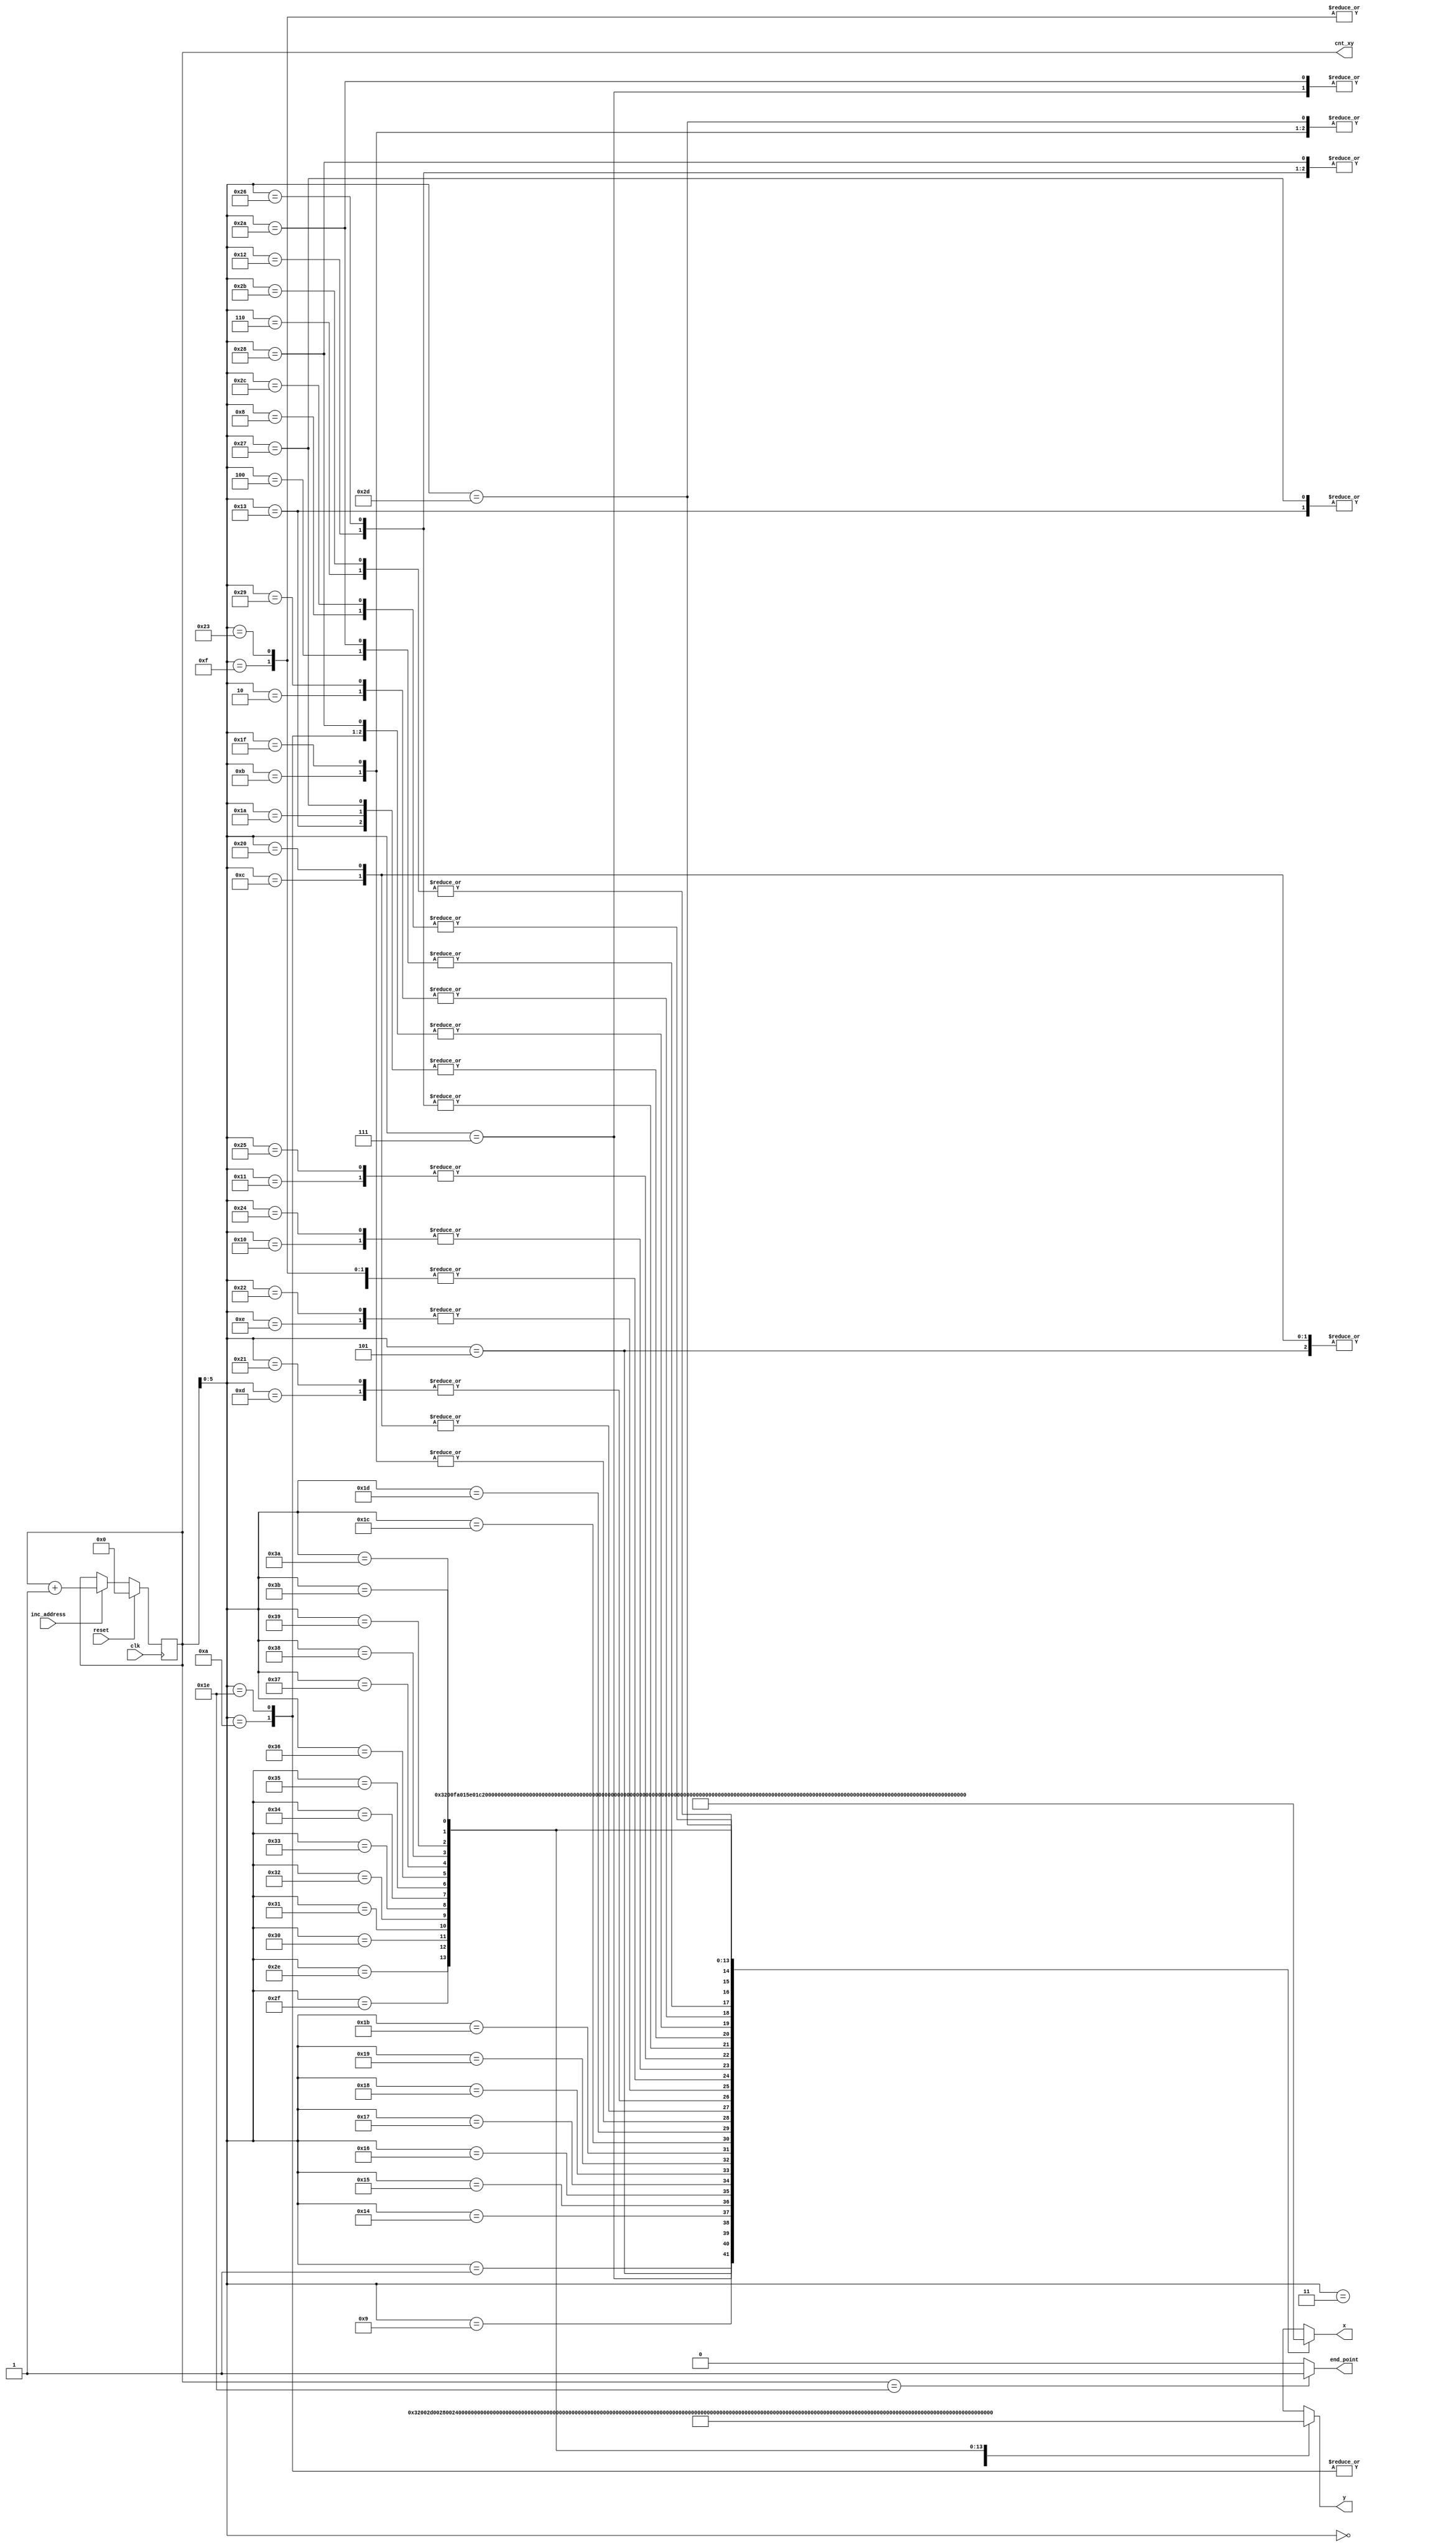


module image_canny(clk, x, y, reset, inc_address, end_point, cnt_xy);
			parameter msb_point_xy_canny = 59, n_end_point = 30, msb_cnt_xy = 7, msb_point = 15;
			
			input reset, inc_address, clk;
			
			output[msb_point:0] x, y;
			output end_point;
			output[msb_cnt_xy:0] cnt_xy;

			wire[msb_point:0] point_x[0:msb_point_xy_canny];
			wire[msb_point:0] point_y[0:msb_point_xy_canny];
			reg[msb_cnt_xy:0] cnt_xy;
			
			always @(negedge clk) begin
					if(reset) cnt_xy <= 8'b0;
					else if(inc_address) cnt_xy <= cnt_xy + 1;
			end
			
//  ============(d1) y = -8x/5 + 800  (r,phi) = (424, 32)==============
assign point_x[0]=16'h0000; assign point_y[0]=16'h3200; // x[0]=0    y[0]=800
assign point_x[1]=16'h0320; assign point_y[1]=16'h2D00; // x[1]=50    y[1]=720
assign point_x[2]=16'h0640; assign point_y[2]=16'h2800; // x[2]=100    y[2]=640
assign point_x[3]=16'h0960; assign point_y[3]=16'h2300; // x[3]=150    y[3]=560
assign point_x[4]=16'h0C80; assign point_y[4]=16'h1E00; // x[4]=200    y[4]=480
assign point_x[5]=16'h0FA0; assign point_y[5]=16'h1900; // x[5]=250    y[5]=400
assign point_x[6]=16'h12C0; assign point_y[6]=16'h1400; // x[6]=300    y[6]=320
assign point_x[7]=16'h15E0; assign point_y[7]=16'h0F00; // x[7]=350    y[7]=240
assign point_x[8]=16'h1900; assign point_y[8]=16'h0A00; // x[8]=400    y[8]=160
assign point_x[9]=16'h1C20; assign point_y[9]=16'h0500; // x[9]=450    y[9]=80
//  ============(d2) y2 = -5*x/3 + 500    (r, phi) = (257, 31)==============
assign point_x[10]=16'h0000; assign point_y[10]=16'h1F40; // x[10]=0    y[10]=500
assign point_x[11]=16'h01E0; assign point_y[11]=16'h1C20; // x[11]=30    y[11]=450
assign point_x[12]=16'h03C0; assign point_y[12]=16'h1900; // x[12]=60    y[12]=400
assign point_x[13]=16'h05A0; assign point_y[13]=16'h15E0; // x[13]=90    y[13]=350
assign point_x[14]=16'h0780; assign point_y[14]=16'h12C0; // x[14]=120    y[14]=300
assign point_x[15]=16'h0960; assign point_y[15]=16'h0FA0; // x[15]=150    y[15]=250
assign point_x[16]=16'h0B40; assign point_y[16]=16'h0C80; // x[16]=180    y[16]=200
assign point_x[17]=16'h0D20; assign point_y[17]=16'h0960; // x[17]=210    y[17]=150
assign point_x[18]=16'h0F00; assign point_y[18]=16'h0640; // x[18]=240    y[18]=100
assign point_x[19]=16'h10E0; assign point_y[19]=16'h0320; // x[19]=270    y[19]=50
//  ============(d3) Random ==============
assign point_x[20]=16'h2B40;  assign point_y[20]=16'h0120; // x[20]=692    y[20]=18
assign point_x[21]=16'h3870;  assign point_y[21]=16'h3AE0; // x[21]=903    y[21]=942
assign point_x[22]=16'h0590;  assign point_y[22]=16'h02E0; // x[22]=89    y[22]=46
assign point_x[23]=16'h0270;  assign point_y[23]=16'h1BA0; // x[23]=39    y[23]=442
assign point_x[24]=16'h30F0;  assign point_y[24]=16'h0C30; // x[24]=783    y[24]=195
assign point_x[25]=16'h06A0;  assign point_y[25]=16'h3560; // x[25]=106    y[25]=854
assign point_x[26]=16'h10E0;  assign point_y[26]=16'h1540; // x[26]=270    y[26]=340
assign point_x[27]=16'h0F60;  assign point_y[27]=16'h24C0; // x[27]=246    y[27]=588
assign point_x[28]=16'h1850;  assign point_y[28]=16'h37D0; // x[28]=389    y[28]=893
assign point_x[29]=16'h2D10;  assign point_y[29]=16'h25E0; // x[29]=721    y[29]=606

//  ================= Image 2 ============================================

//  ============(d4) y = -5*x/3 + 500    (r, phi) = (257, 31)==============
assign point_x[30]=16'h0000; assign point_y[30]=16'h1F40; // x[30]=0    y[30]=500
assign point_x[31]=16'h01E0; assign point_y[31]=16'h1C20; // x[31]=30    y[31]=450
assign point_x[32]=16'h03C0; assign point_y[32]=16'h1900; // x[32]=60    y[32]=400
assign point_x[33]=16'h05A0; assign point_y[33]=16'h15E0; // x[33]=90    y[33]=350
assign point_x[34]=16'h0780; assign point_y[34]=16'h12C0; // x[34]=120    y[34]=300
assign point_x[35]=16'h0960; assign point_y[35]=16'h0FA0; // x[35]=150    y[35]=250
assign point_x[36]=16'h0B40; assign point_y[36]=16'h0C80; // x[36]=180    y[36]=200
assign point_x[37]=16'h0D20; assign point_y[37]=16'h0960; // x[37]=210    y[37]=150
assign point_x[38]=16'h0F00; assign point_y[38]=16'h0640; // x[38]=240    y[38]=100
assign point_x[39]=16'h10E0; assign point_y[39]=16'h0320; // x[39]=270    y[39]=50
//  ============(d5) y5 = 7x/10 + 100    (r, phi) = (145.00, 57.35)==============
assign point_x[40]=16'h0000; assign point_y[40]=16'h0640; // x[40]=0    y[40]=100
assign point_x[41]=16'h0640; assign point_y[41]=16'h0AA0; // x[41]=100    y[41]=170
assign point_x[42]=16'h0C80; assign point_y[42]=16'h0F00; // x[42]=200    y[42]=240
assign point_x[43]=16'h12C0; assign point_y[43]=16'h1360; // x[43]=300    y[43]=310
assign point_x[44]=16'h1900; assign point_y[44]=16'h17C0; // x[44]=400    y[44]=380
assign point_x[45]=16'h1F40; assign point_y[45]=16'h1C20; // x[45]=500    y[45]=450
assign point_x[46]=16'h2580; assign point_y[46]=16'h2080; // x[46]=600    y[46]=520
assign point_x[47]=16'h2BC0; assign point_y[47]=16'h24E0; // x[47]=700    y[47]=590
assign point_x[48]=16'h3200; assign point_y[48]=16'h2940; // x[48]=800    y[48]=660
assign point_x[49]=16'h3840; assign point_y[49]=16'h2DA0; // x[49]=900    y[49]=730
//  ============(d6) Random ==============
assign point_x[50]=16'h1CE0;  assign point_y[50]=16'h0FD0; // x[50]=462    y[50]=253
assign point_x[51]=16'h2E60;  assign point_y[51]=16'h0C60; // x[51]=742    y[51]=198
assign point_x[52]=16'h0630;  assign point_y[52]=16'h2240; // x[52]=99    y[52]=548
assign point_x[53]=16'h3730;  assign point_y[53]=16'h1750; // x[53]=883    y[53]=373
assign point_x[54]=16'h0E10;  assign point_y[54]=16'h2B00; // x[54]=225    y[54]=688
assign point_x[55]=16'h2240;  assign point_y[55]=16'h29A0; // x[55]=548    y[55]=666
assign point_x[56]=16'h3DB0;  assign point_y[56]=16'h3460; // x[56]=987    y[56]=838
assign point_x[57]=16'h02E0;  assign point_y[57]=16'h0A90; // x[57]=46    y[57]=169
assign point_x[58]=16'h3C70;  assign point_y[58]=16'h2550; // x[58]=967    y[58]=597
assign point_x[59]=16'h39D0;  assign point_y[59]=16'h08E0; // x[59]=925    y[59]=142




			assign x = point_x[cnt_xy];
			assign y = point_y[cnt_xy];
			assign end_point = (cnt_xy == n_end_point) ? 1 : 0;
endmodule